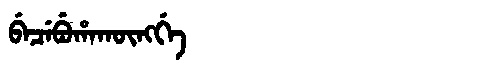
Manchu: ᠪᡝᠴᡝᠪᡠᡥᠠᡴᡡᠩᡤᡝ
Romanization: BECEBUHAKŪNGGE